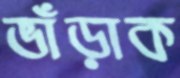
ভাঁড়াক